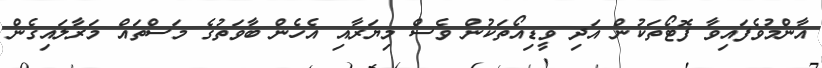
އާންމުވެފައިވާ ފޮޓޯތަކުން އަދި ވީޑިއޯތަކުން ވެސް މިޔަރާއި އެހެން ބާވަތުގެ މަސްތައް މަރާލައިގެން